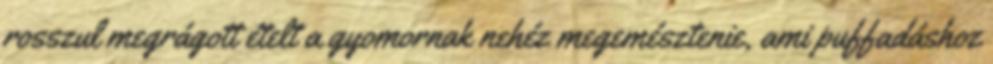
rosszul megrágott ételt a gyomornak nehéz megemésztenie, ami puffadáshoz